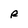
Character: R